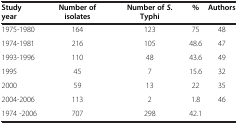
| Study year | Number of isolates | Number of S.Typhi | % | Authors |
 | --- | --- | --- | --- | --- |
 | 1975-1980 | 164 | 123 | 75 | 48 |
 | 1974-1981 | 216 | 105 | 48.6 | 47 |
 | 1993-1996 | 110 | 48 | 43.6 | 49 |
 | 1995 | 45 | 7 | 15.6 | 32 |
 | 2000 | 59 | 13 | 22 | 35 |
 | 2004-2006 | 113 | 2 | 1.8 | 46 |
 | 1974 -2006 | 707 | 298 | 42.1 |  |